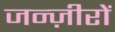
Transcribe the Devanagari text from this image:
जन्ज़ीरों